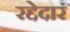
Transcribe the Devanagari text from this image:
रद्देदार